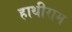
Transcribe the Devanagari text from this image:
हाथीराम